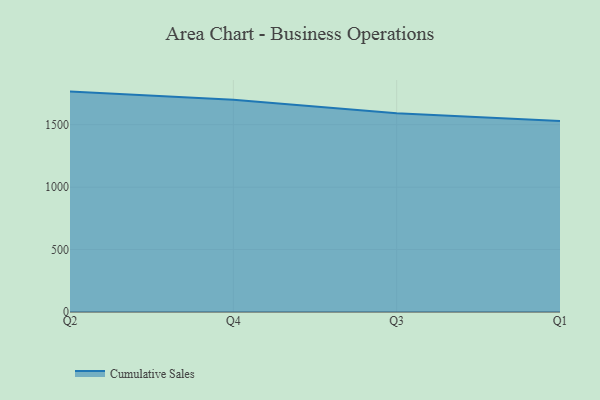
{"axis": {"x": "Quarter", "y": "Customer Acquisition Cost (USD)"}, "legend": ["Cumulative Sales"], "data": [{"x": "Q2", "y": 1765.2, "type": "Cumulative Sales"}, {"x": "Q4", "y": 1699.8, "type": "Cumulative Sales"}, {"x": "Q3", "y": 1592.1, "type": "Cumulative Sales"}, {"x": "Q1", "y": 1528.9, "type": "Cumulative Sales"}]}